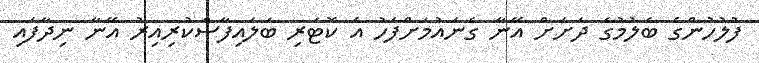
ފުލުހުންގެ ބެލުމުގެ ދަށަށް އޭނާ ގެނައުމަށްފަހު އެ ކޮޓަރި ބަލައިފާސްކުރިއިރު އޭނާ ނިދާފައި